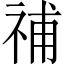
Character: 𥙷